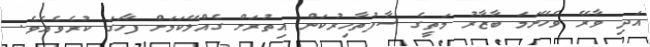
އަދި ވާރޭ ވެހޭނަމަ ބާޒާރު މަތީގެ ސާފުތާހިރުކަން އިތުރަށް ގެއްލޭކަމަށް ފާހަގަ ކުރެވެއެވެ.